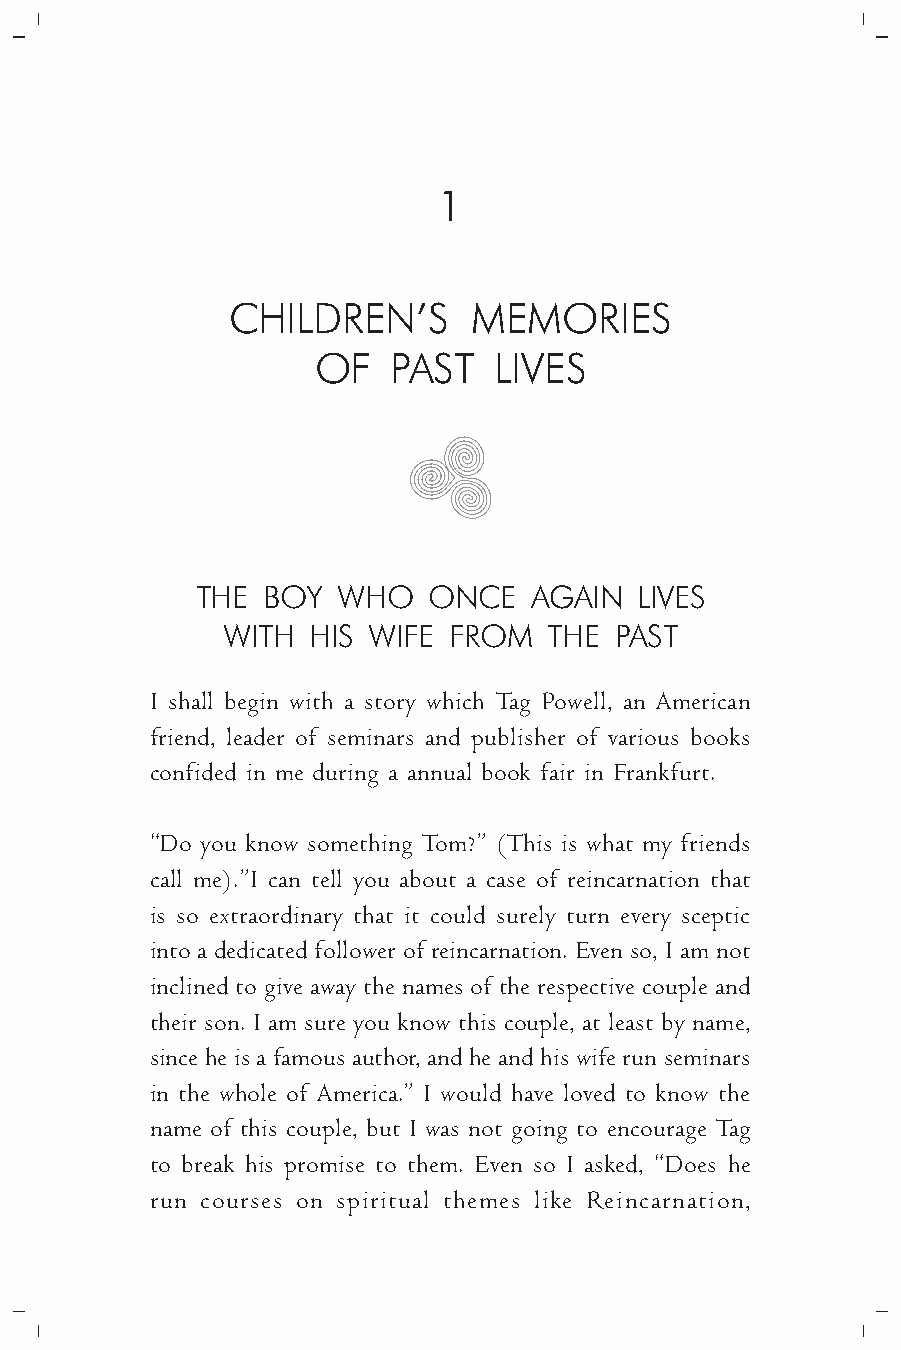
1
 CHILDREN’S      MEMORIES
 OF   PAST   LIVES
 THE BOY  WHO   ONCE   AGAIN  LIVES
 WITH HIS WIFE  FROM  THE  PAST
 I shall begin with a story which Tag Powell, an American
 friend, leader of seminars and publisher of various books
 confided in me during a annual book fair in Frankfurt.
 “Do you know something Tom?” (This is what my friends
 call me).”I can tell you about a case of reincarnation that
 is so extraordinary that it could surely turn every sceptic
 into a dedicated follower of reincarnation. Even so, I am not
 inclined to give away the names of the respective couple and
 their son. I am sure you know this couple, at least by name,
 since he is a famous author, and he and his wife run seminars
 in the whole of America.” I would have loved to know the
 name of this couple, but I was not going to encourage Tag
 to break his promise to them. Even so I asked, “Does he
 run courses on spiritual themes like Reincarnation,